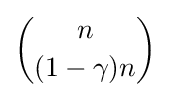
{\binom {n}{(1-\gamma )n}}